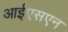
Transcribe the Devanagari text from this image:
आईएसएन